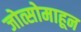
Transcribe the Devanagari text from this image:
जोत्सोमाहून